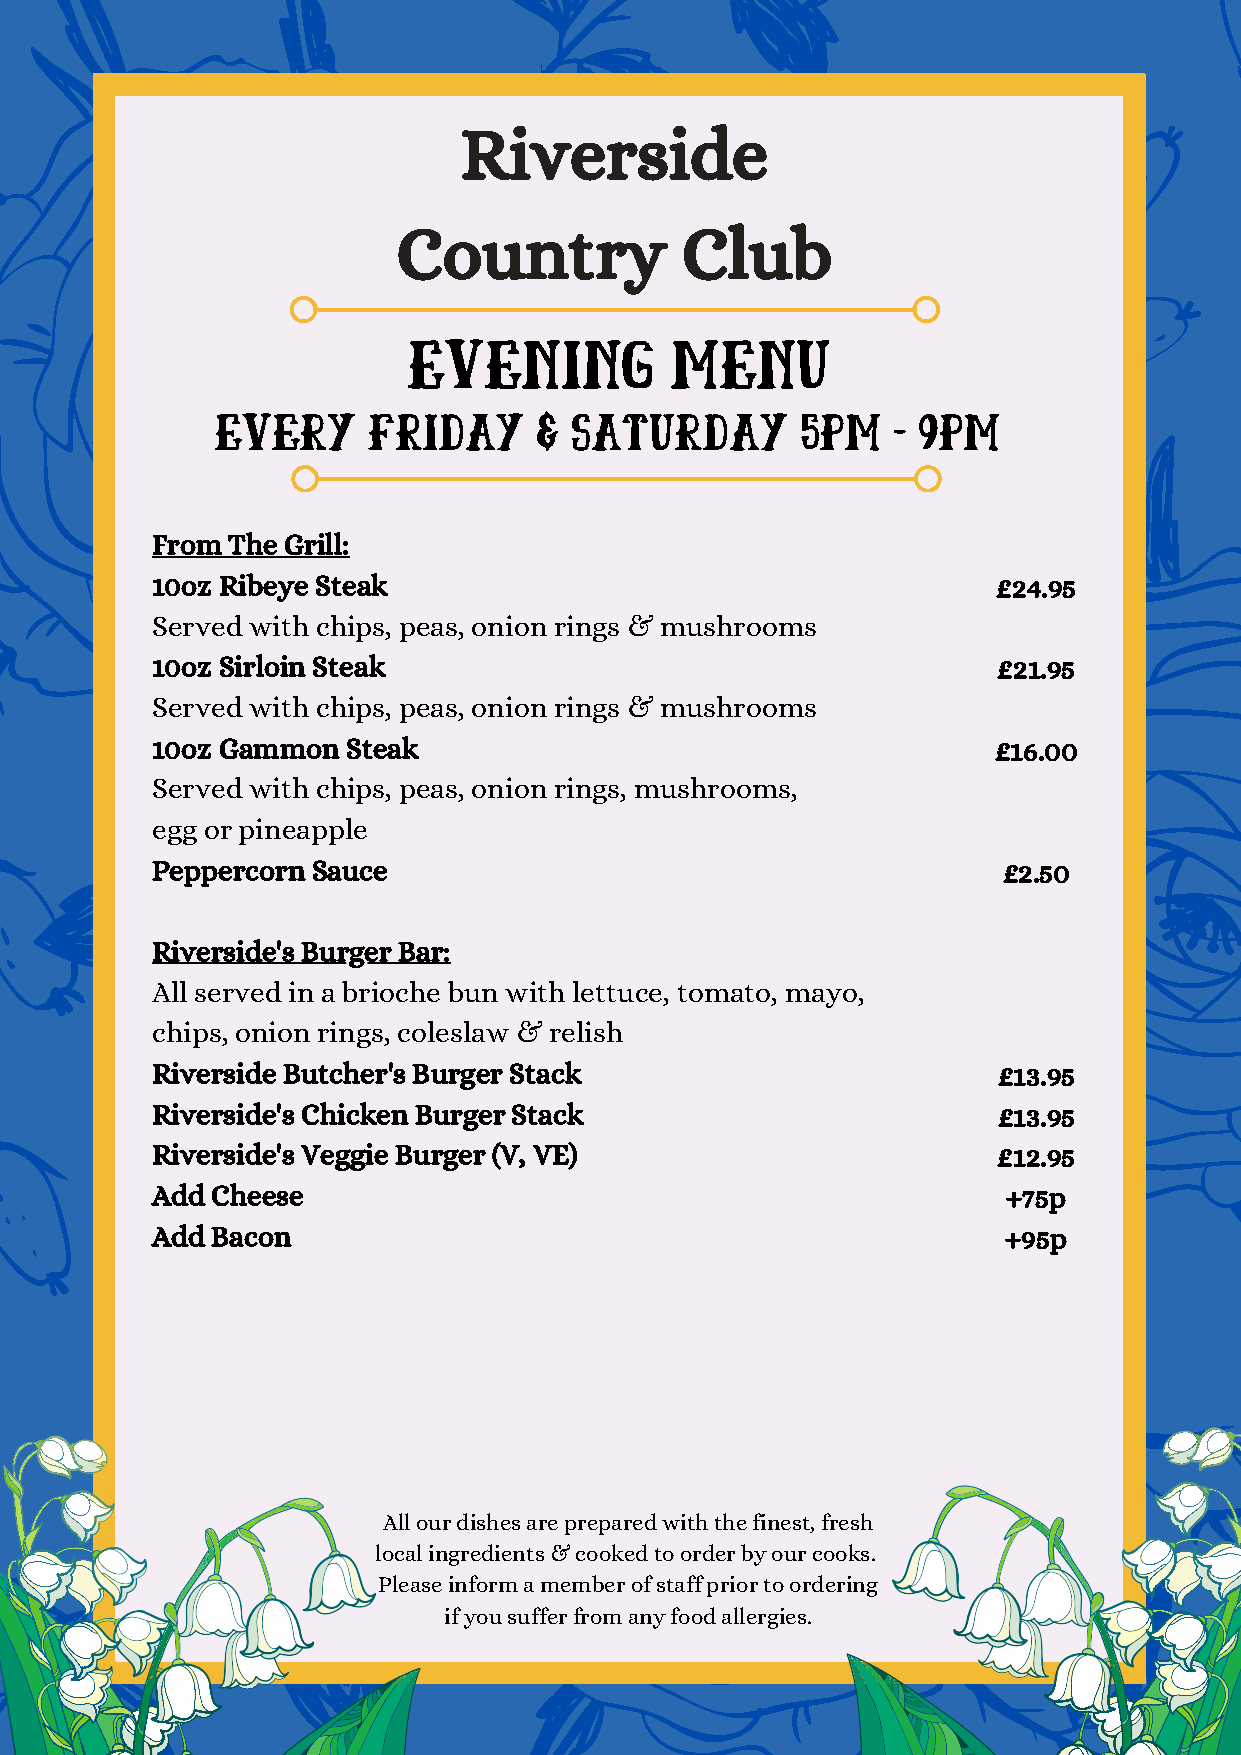
Riverside
 Country            Club
 EVENING          menu
 EVERY     friday      & saturday       5pm   - 9pm
 From The Grill:
 10oz Ribeye Steak                                       £24.95
 Served with chips, peas, onion rings & mushrooms
 10oz Sirloin Steak                                      £21.95
 Served with chips, peas, onion rings & mushrooms
 10oz Gammon  Steak                                      £16.00
 Served with chips, peas, onion rings, mushrooms,
 egg or pineapple
 Peppercorn Sauce                                        £2.50
 Riverside's Burger Bar:
 All served in a brioche bun with lettuce, tomato, mayo,
 chips, onion rings, coleslaw & relish
 Riverside Butcher's Burger Stack                        £13.95
 Riverside's Chicken Burger Stack                        £13.95
 Riverside's Veggie Burger (V, VE)                       £12.95
 Add Cheese                                               +75p
 Add Bacon                                                +95p
 All our dishes are prepared with the finest, fresh
 local ingredients & cooked to order by our cooks.
 Please inform a member of staff prior to ordering
 if you suffer from any food allergies.